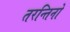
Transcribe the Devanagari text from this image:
तरन्तिनो